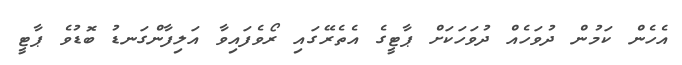
އެހެން ކަމުން ދުވަހެއް ދުވަހަކަށް ޕާޓީގެ އެތެރޭގައި ރޯވެފައިވާ އަލިފާންގަނޑު ބޮޑުވެ ޕާޓީ